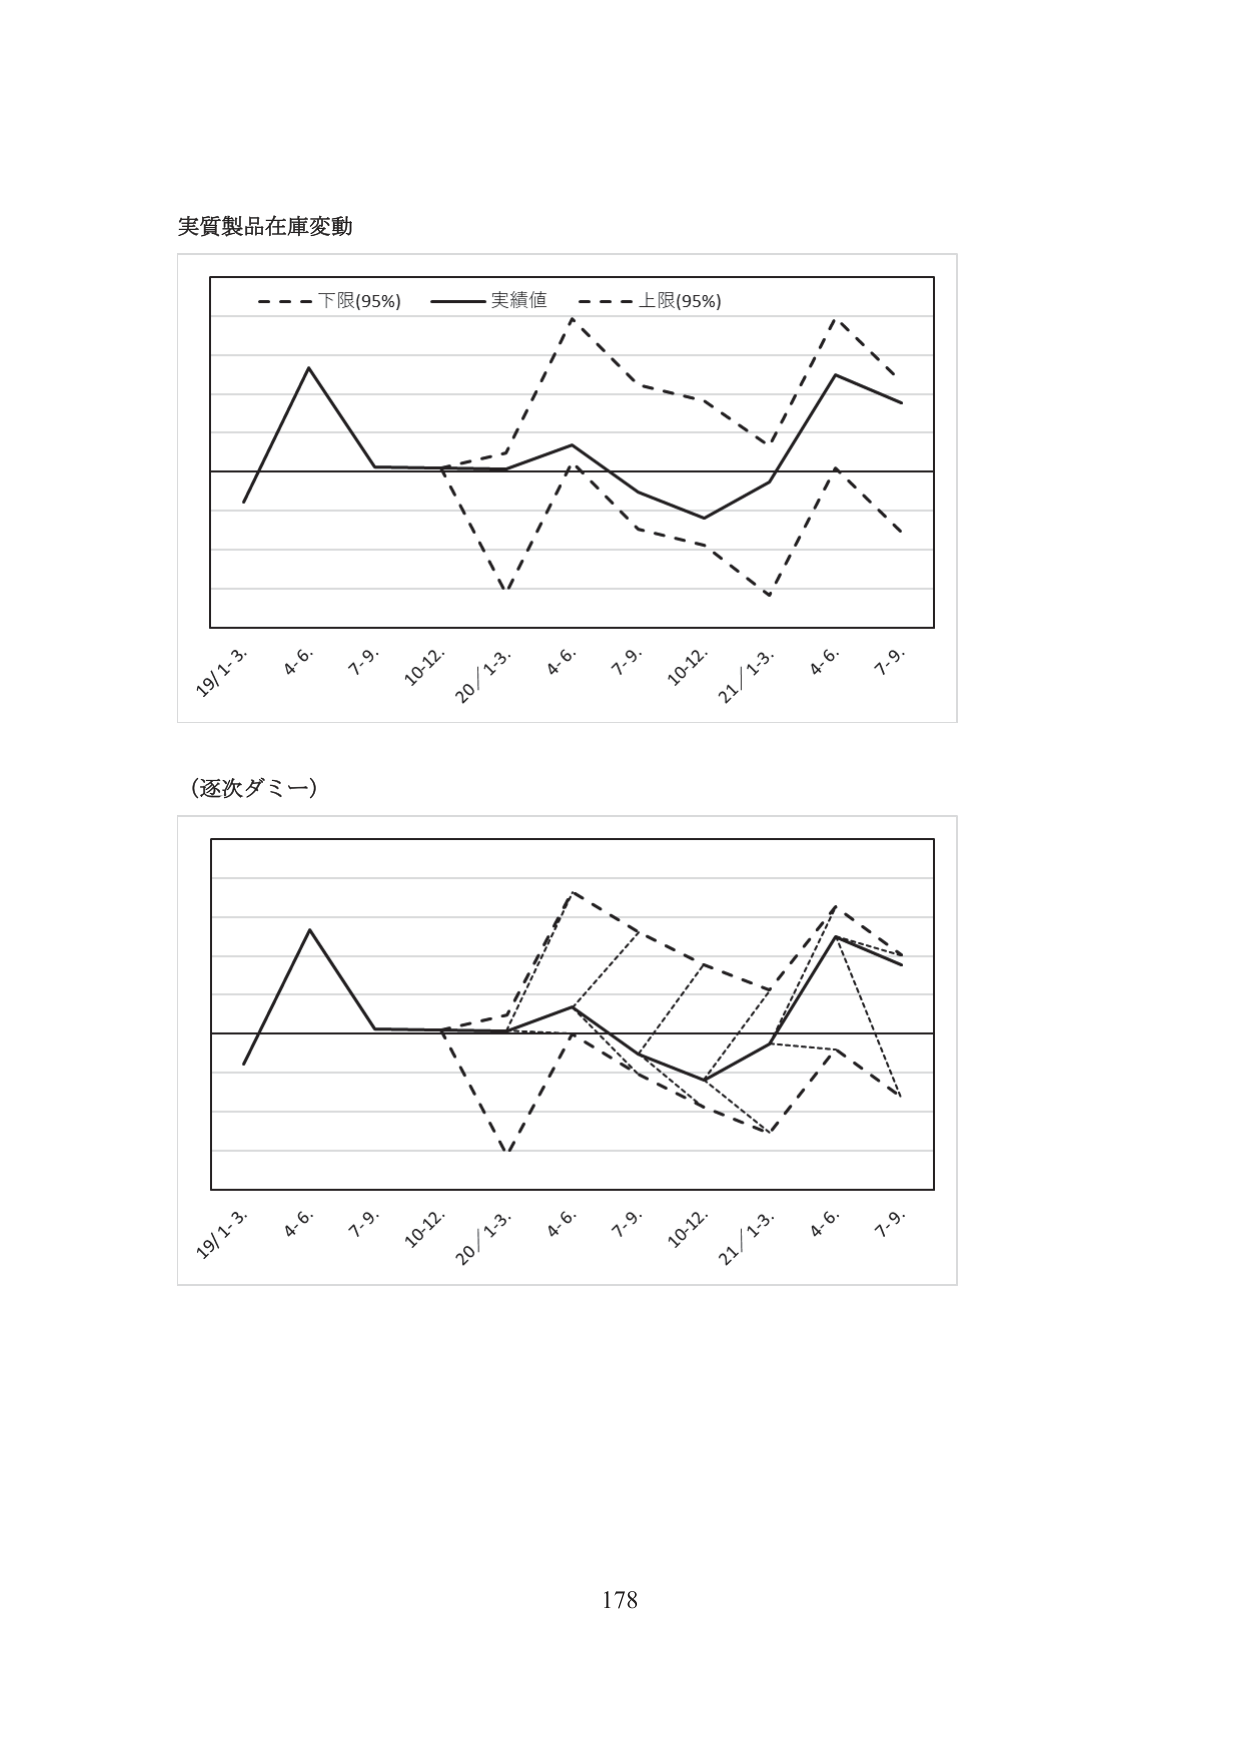
実質製品在庫変動

- - - 下限(95%) —— 実績値 - - - 上限(95%)

19/1-3. 4-6. 7-9. 10-12. 20/1-3. 4-6. 7-9. 10-12. 21/1-3. 4-6. 7-9.

(逐次ダミー)

19/1-3. 4-6. 7-9. 10-12. 20/1-3. 4-6. 7-9. 10-12. 21/1-3. 4-6. 7-9.

178